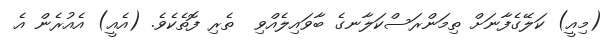
(މިއީ) ކަލޭގެފާނަށް ތިމަންރަސްކަލާނގެ ބާވައިލެއްވި  ތެރި ފޮތެކެވެ. (އެއީ) އެއުރެން އެ